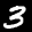
Label: 3